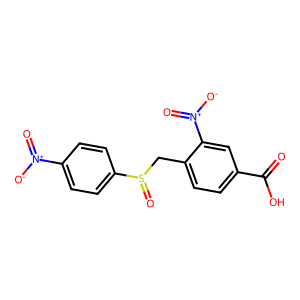
SMILES: O=C(O)c1ccc(CS(=O)c2ccc([N+](=O)[O-])cc2)c([N+](=O)[O-])c1
Inhibits HIV replication: No